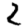
Digit: 2